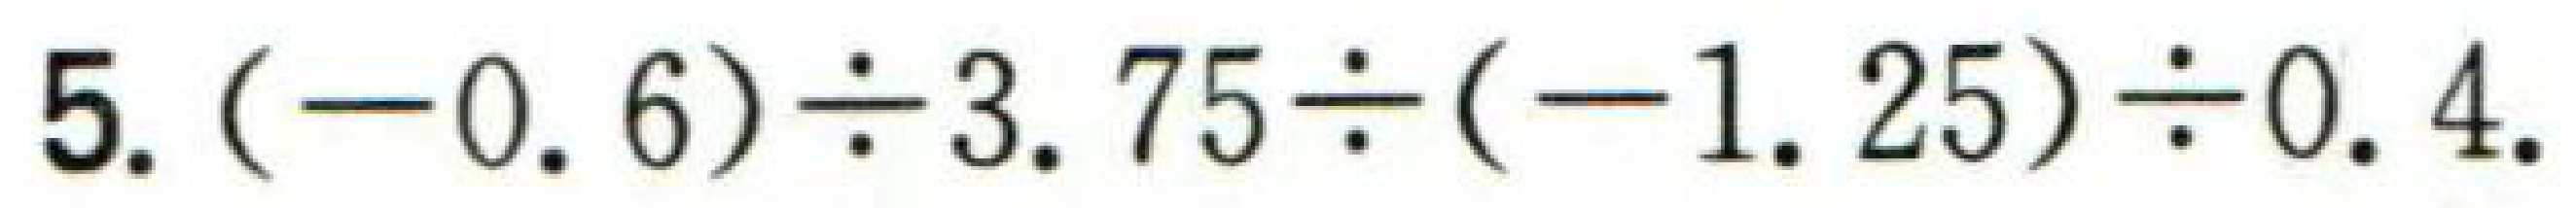
$5.(-0.6)\div 3.75\div (-1.25)\div 0.4.$